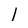
Character: I